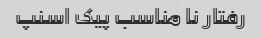
رفتار نا مناسب پیک اسنپ